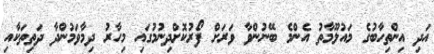
އަދި އިންތިހާބުގެ މައުލޫމާތު އެންމެ ބޭނުންވާ ވަރަށް ފޯރުކޮށްދިނުމުގައި މިހާރު ދިމާވަމުންދާ ދަތިތަކާއި